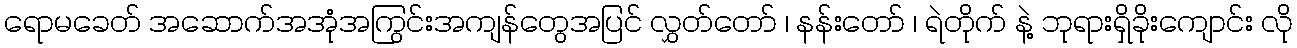
ရောမခေတ် အဆောက်အအုံအကြွင်းအကျန်တွေအပြင် လွှတ်တော် ၊ နန်းတော် ၊ ရဲတိုက် နဲ့ ဘုရားရှိခိုးကျောင်း လို